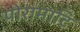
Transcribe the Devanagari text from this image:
पोरामाटि